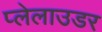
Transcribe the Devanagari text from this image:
प्लेलाउडर